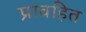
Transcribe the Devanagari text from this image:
प्रावहित